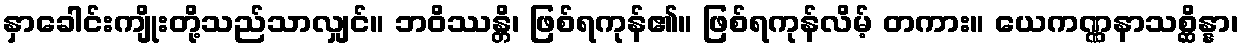
နှာခေါင်းကျိုးတို့သည်သာလျှင်။ ဘဝိဿန္တိ၊ ဖြစ်ရကုန်၏။ ဖြစ်ရကုန်လိမ့် တကား။ ယေကဏ္ဏနာသစ္ဆိန္နာ၊